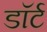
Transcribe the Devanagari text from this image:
डॉर्ट